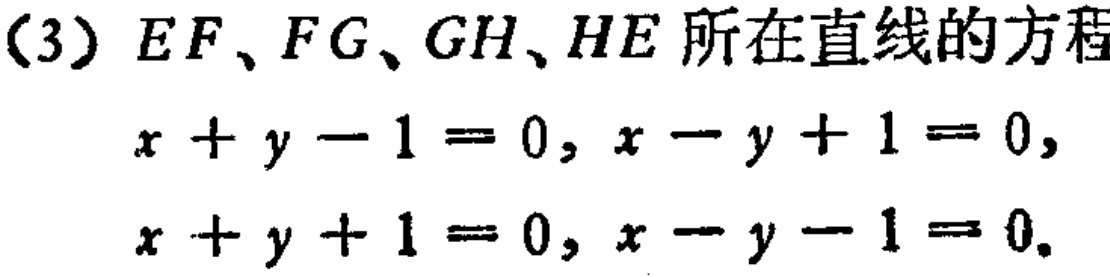
(3) \(EF、FG、GH、HE\)所在直线的方程
\(x + y - 1 = 0, x - y + 1 = 0,\)
\(x + y + 1 = 0, x - y - 1 = 0.\)